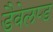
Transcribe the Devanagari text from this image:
डैवेलप्ड